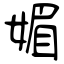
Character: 媚